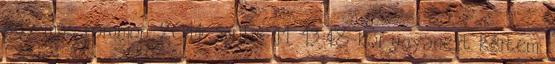
egy más fórumon, 2014. április 11. 13:48-kor ugyanezt kértem.